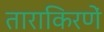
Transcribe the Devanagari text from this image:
ताराकिरणें